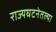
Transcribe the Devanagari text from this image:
राज्यघटनेतल्या